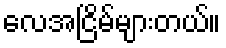
လေအငြိမ်များတယ်။